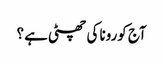
آج کورونا کی چھٹی ہے ؟